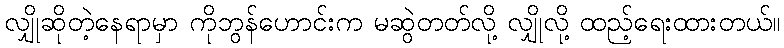
လျှိုဆိုတဲ့နေရာမှာ ကိုဘွန်ဟောင်းက မဆွဲတတ်လို့ လျှိုလို့ ထည့်ရေးထားတယ်။